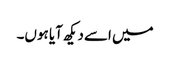
میں اسے دیکھ آیا ہوں۔